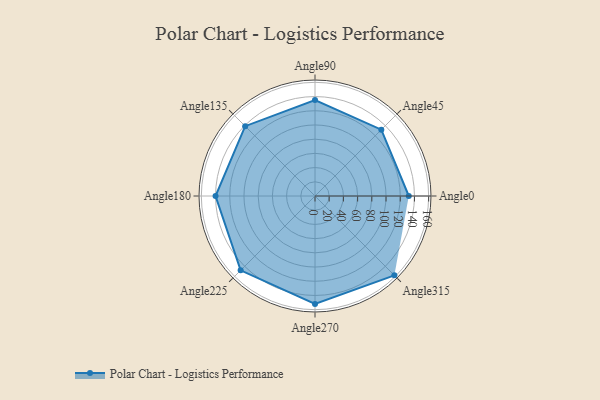
{"axis": {"x": "Angle", "y": "Radius"}, "legend": [""], "data": [{"x": "Angle0", "y": 132.0, "type": ""}, {"x": "Angle45", "y": 132.0, "type": ""}, {"x": "Angle90", "y": 135.0, "type": ""}, {"x": "Angle135", "y": 139.0, "type": ""}, {"x": "Angle180", "y": 140.0, "type": ""}, {"x": "Angle225", "y": 148.0, "type": ""}, {"x": "Angle270", "y": 152.0, "type": ""}, {"x": "Angle315", "y": 158.0, "type": ""}]}